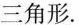
三角形。